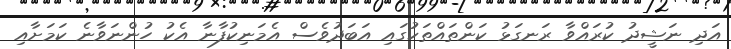
އަދި ނަޝީދު ކުރައްވާ ރަނގަޅު ކަންތައްތަކުގައި އަބަދުވެސް އެމަނިކުފާނާ އެކު ހުންނަވާނެ ކަމަށާއި